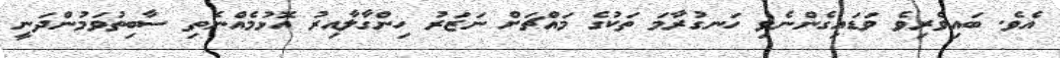
އެވެ. ބައިވެރިވެ ވަޑައިގެންނެވި ހަނގުރާމަ ތަކުގެ މައްޗަށް ނަޒަރު ހިންގާލާއިރު އޮޅުމެއްނެތި ސާބިތުވަމުންދަނީ